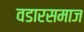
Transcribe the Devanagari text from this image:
वडारसमाज